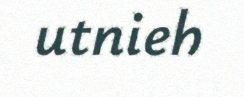
utnieh